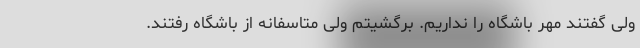
ولی گفتند مهر باشگاه را نداریم. برگشیتم ولی متاسفانه از باشگاه رفتند.